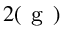
_ { 2 ( \mathrm { ~ g ~ } ) }